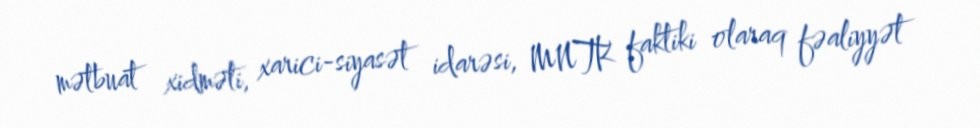
mətbuat xidməti, xarici-siyasət idarəsi, MNTK faktiki olaraq fəaliyyət